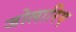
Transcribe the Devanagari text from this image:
जोलारिए